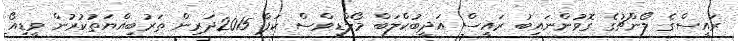
ރައީސްގެ ލޯންޗުގެ ގޮވުންނައިބު ރައީސް އަދީބުކްލަބް މޯލްޑިވްސް ކަޕް 2015ދަރިން ތަރުބިއްޔަތުކުރުން ވީޑިއޯ